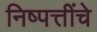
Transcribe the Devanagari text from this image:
निष्पत्तींचे